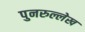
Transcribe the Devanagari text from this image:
पुनरुल्लेख